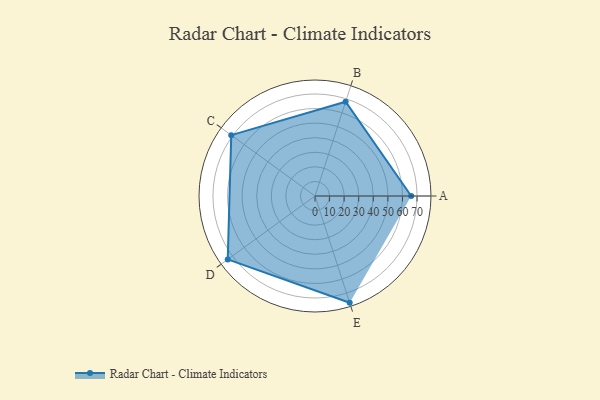
{"axis": {"x": "Skill", "y": "Score"}, "legend": ["Profile"], "data": [{"x": "A", "y": 66.0, "type": "Profile"}, {"x": "B", "y": 68.0, "type": "Profile"}, {"x": "C", "y": 71.0, "type": "Profile"}, {"x": "D", "y": 74.0, "type": "Profile"}, {"x": "E", "y": 77.0, "type": "Profile"}]}